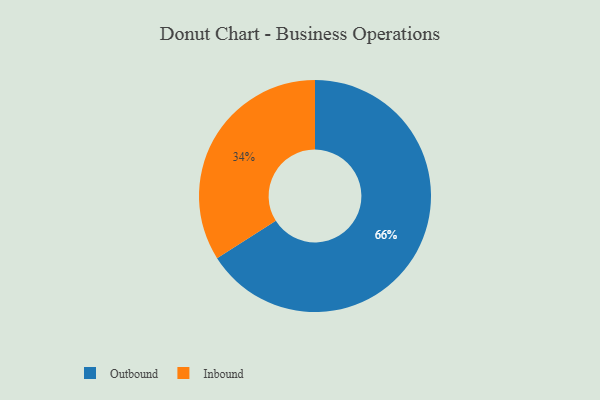
{"axis": {"x": "Category", "y": "Percentage"}, "legend": ["Inbound", "Outbound"], "data": [{"x": "Outbound", "y": 66, "type": "Outbound"}, {"x": "Inbound", "y": 34, "type": "Inbound"}]}